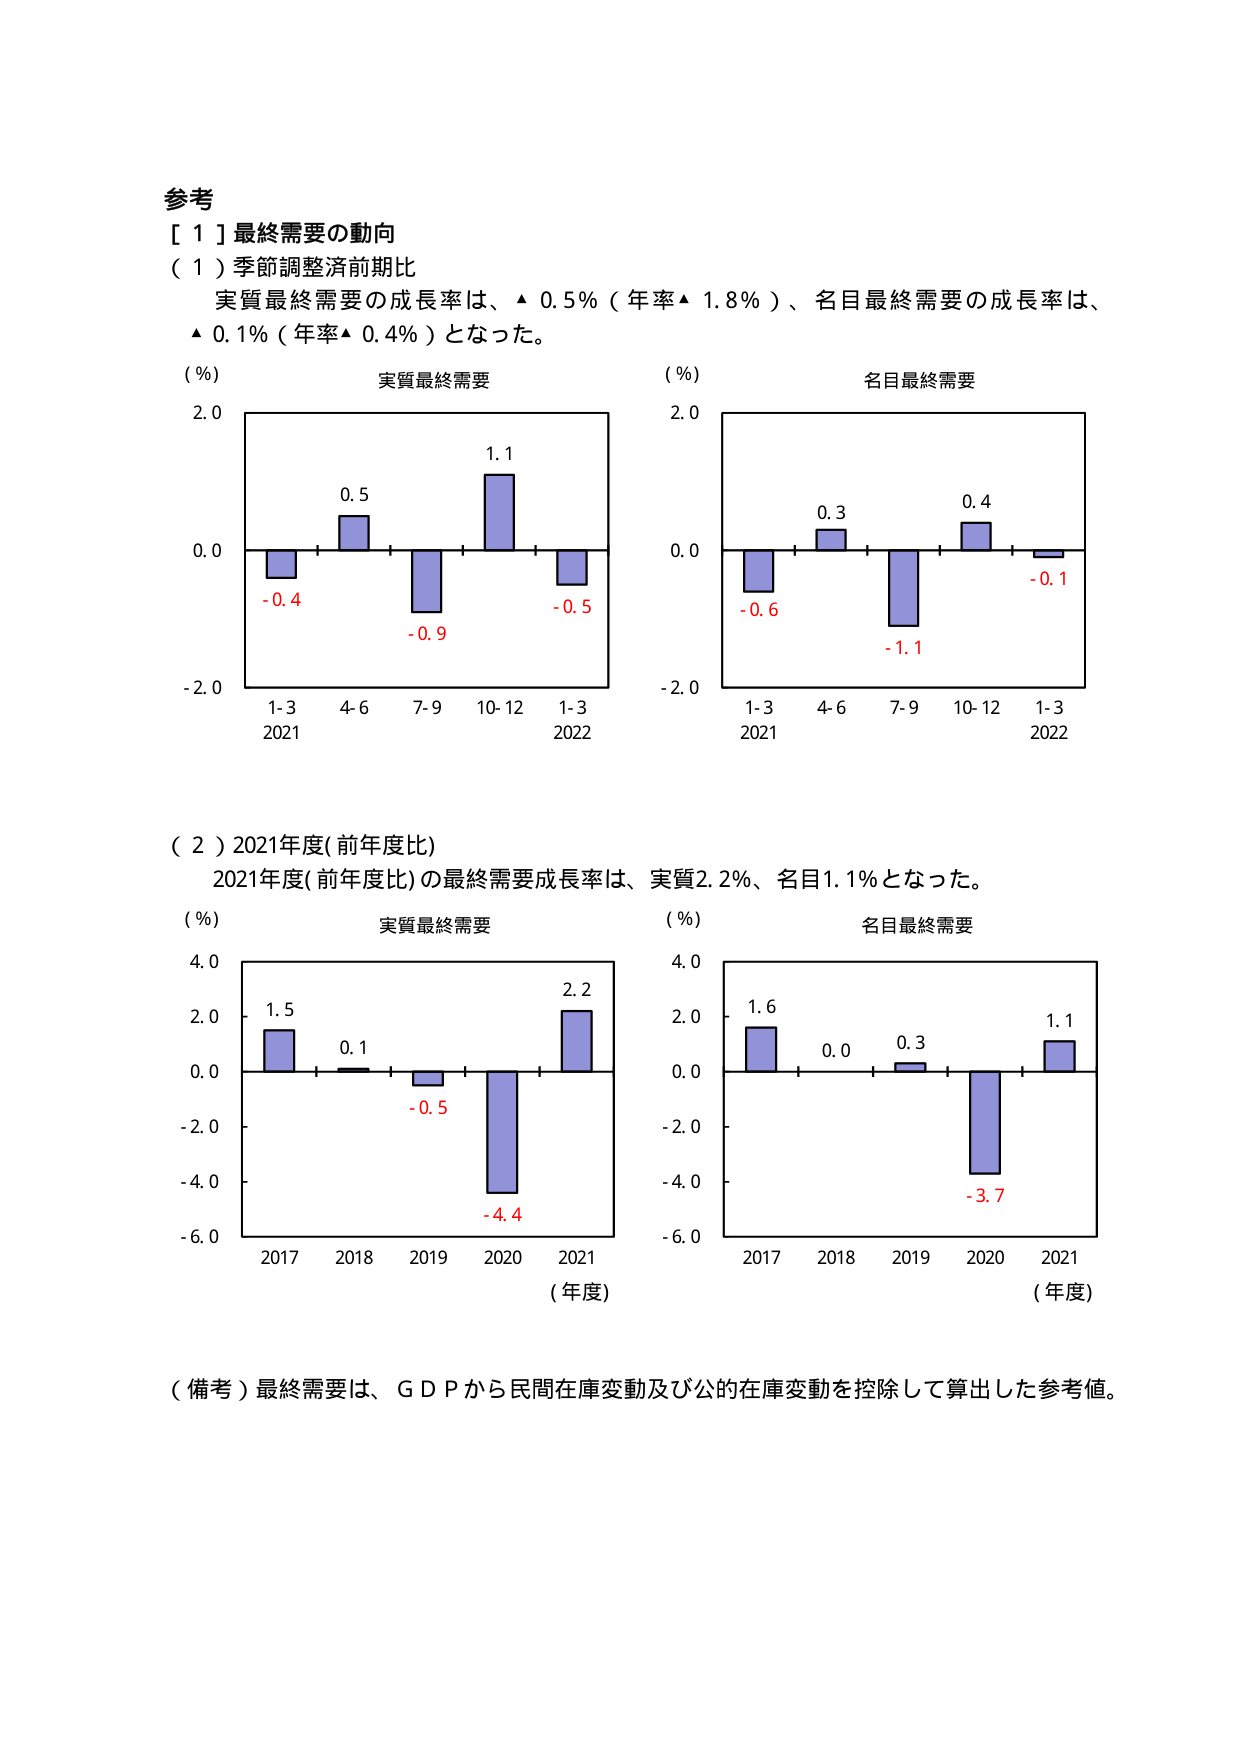
参考
[ 1 ] 最終需要の動向
（1）季節調整済前期比
実質最終需要の成長率は、▲ 0.5%（年率▲ 1.8%）、名目最終需要の成長率は、
▲ 0.1%（年率▲ 0.4%）となった。

（%）
実質最終需要
2.0
0.5
1.1
0.0
-0.4
-0.9
-0.5
-2.0
1-3
4-6
7-9
10-12
1-3
2021
2022

（%）
名目最終需要
2.0
0.3
0.4
0.0
-0.6
-1.1
-0.1
-2.0
1-3
4-6
7-9
10-12
1-3
2021
2022

（2）2021年度（前年度比）
2021年度（前年度比）の最終需要成長率は、実質2.2%、名目1.1%となった。

（%）
実質最終需要
4.0
1.5
0.1
0.0
-0.5
-2.0
-4.0
-6.0
2017
2018
2019
2020
2021
（年度）

（%）
名目最終需要
4.0
1.6
0.0
0.3
0.0
-3.7
1.1
-2.0
-4.0
-6.0
2017
2018
2019
2020
2021
（年度）

（備考）最終需要は、ＧＤＰから民間在庫変動及び公的在庫変動を控除して算出した参考値。